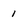
Character: 1